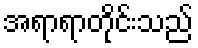
အရာရာတိုင်းသည်